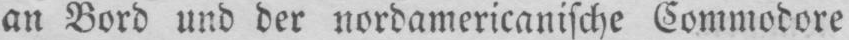
an Bord und der nordamericanische Commodore